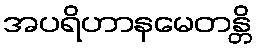
အပရိဟာနမေတန္တိ